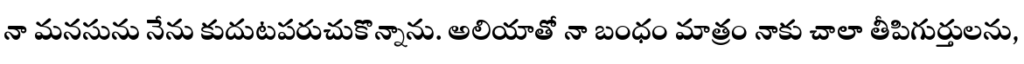
నా మనసును నేను కుదుటపరుచుకొన్నాను. అలియాతో నా బంధం మాత్రం నాకు చాలా తీపిగుర్తులను,